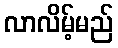
လာလိမ့်မည်